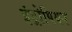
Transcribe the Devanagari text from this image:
इंट्रोपियन